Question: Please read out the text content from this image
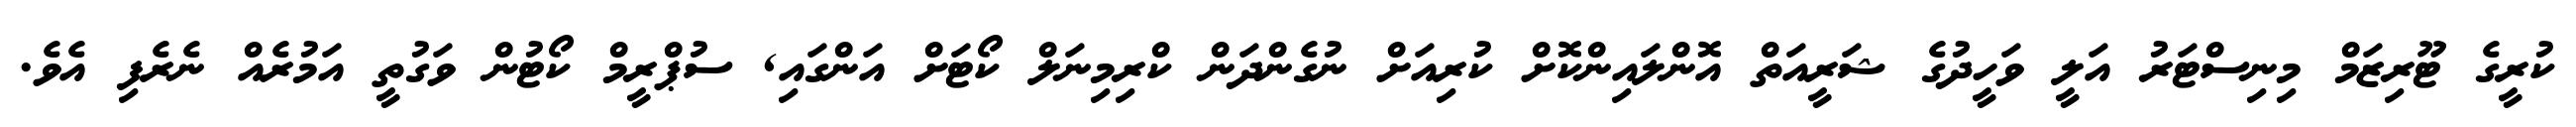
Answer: ކުރީގެ ޓޫރިޒަމް މިނިސްޓަރު އަލީ ވަހީދުގެ ޝަރީއަތް އޮންލައިންކޮށް ކުރިއަށް ނުގެންދަން ކްރިމިނަލް ކޯޓަށް އަންގައި, ސުޕްރީމް ކޯޓުން ވަގުތީ އަމުރެއް ނެރެފި އެވެ.